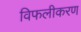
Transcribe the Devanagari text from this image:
विफलीकरण